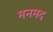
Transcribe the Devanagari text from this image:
मनमद